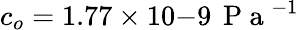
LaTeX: c_{o}=1.77\times 10{-9}\, \mathrm{~P~a~}^{-1}